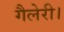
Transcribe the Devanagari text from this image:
गैलेरी।